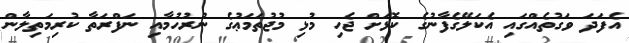
އެފަދަ ވަގުތެއްގައި އެކަލޭގެފާނުގެ ކޮޅަށް ޖެހި މުޅި މުޖުތަމަޢުގެ ނުރުހުމާއި ނަފްރަތާ ކުރިމަތިލާން